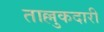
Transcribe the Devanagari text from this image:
ताल्लुकदारी